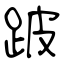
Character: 跛